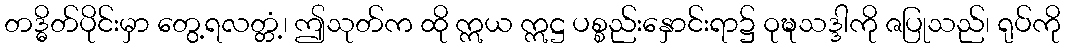
တဒ္ဓိတ်ပိုင်းမှာ တွေ့ရလတ္တံ့၊ ဤသုတ်က ထို ဣယ ဣဋ္ဌ ပစ္စည်းနှောင်းရာ၌ ဝုဍ္ဎသဒ္ဒါကို ဇပြုသည်၊ ရုပ်ကို